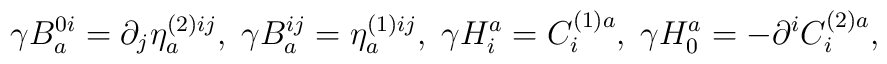
\gamma B_{a}^{0i}=\partial _{j}\eta _{a}^{(2)ij},\;\gamma B_{a}^{ij}=\eta_{a}^{(1)ij},\;\gamma H_{i}^{a}=C_{i}^{(1)a},\;\gamma H_{0}^{a}=-\partial^{i}C_{i}^{(2)a},